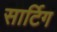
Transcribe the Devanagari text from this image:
सार्टिग